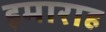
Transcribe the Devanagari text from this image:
इमाराह